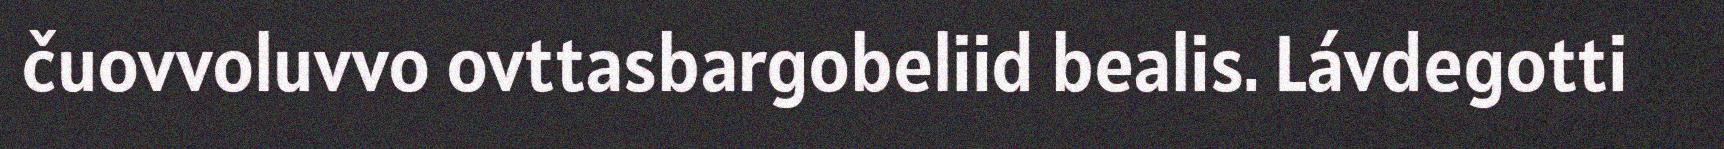
čuovvoluvvo ovttasbargobeliid bealis. Lávdegotti